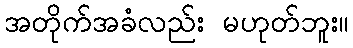
အတိုက်အခံလည်း မဟုတ်ဘူး။